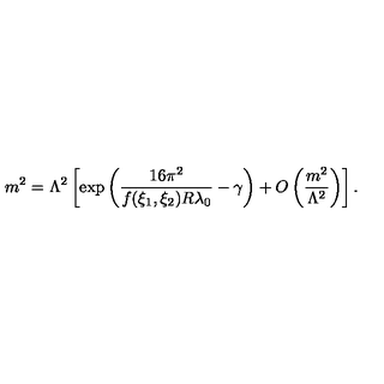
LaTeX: m ^ { 2 } = \Lambda ^ { 2 } \left[ \exp \left( \frac { 1 6 \pi ^ { 2 } } { f ( \xi _ { 1 } , \xi _ { 2 } ) R \lambda _ { 0 } } - \gamma \right) + O \left( \frac { m ^ { 2 } } { \Lambda ^ { 2 } } \right) \right] .